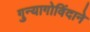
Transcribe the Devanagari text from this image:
गुन्यागोविंदाने